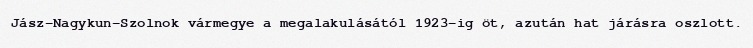
Jász-Nagykun-Szolnok vármegye a megalakulásától 1923-ig öt, azután hat járásra oszlott.